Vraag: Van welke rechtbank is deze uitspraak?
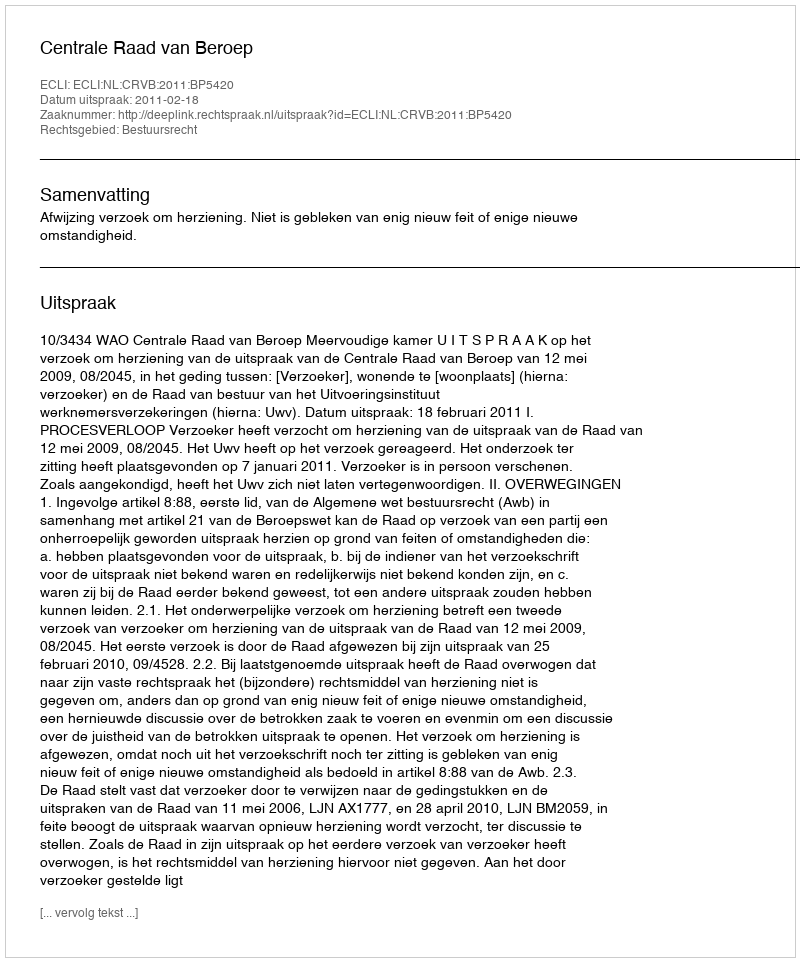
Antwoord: Centrale Raad van Beroep